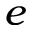
e